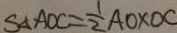
S _ { \Delta } A O C = \frac { 1 } { 2 } A O \times O C